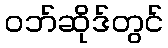
ဝဘ်ဆိုဒ်တွင်